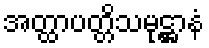
အတ္ထာပတ္တိသမုဋ္ဌာနံ